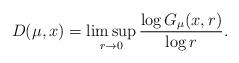
\begin{align*} D(\mu, x)=\limsup_{r\to 0} \frac{\log G_\mu(x, r)}{\log r}. \end{align*}